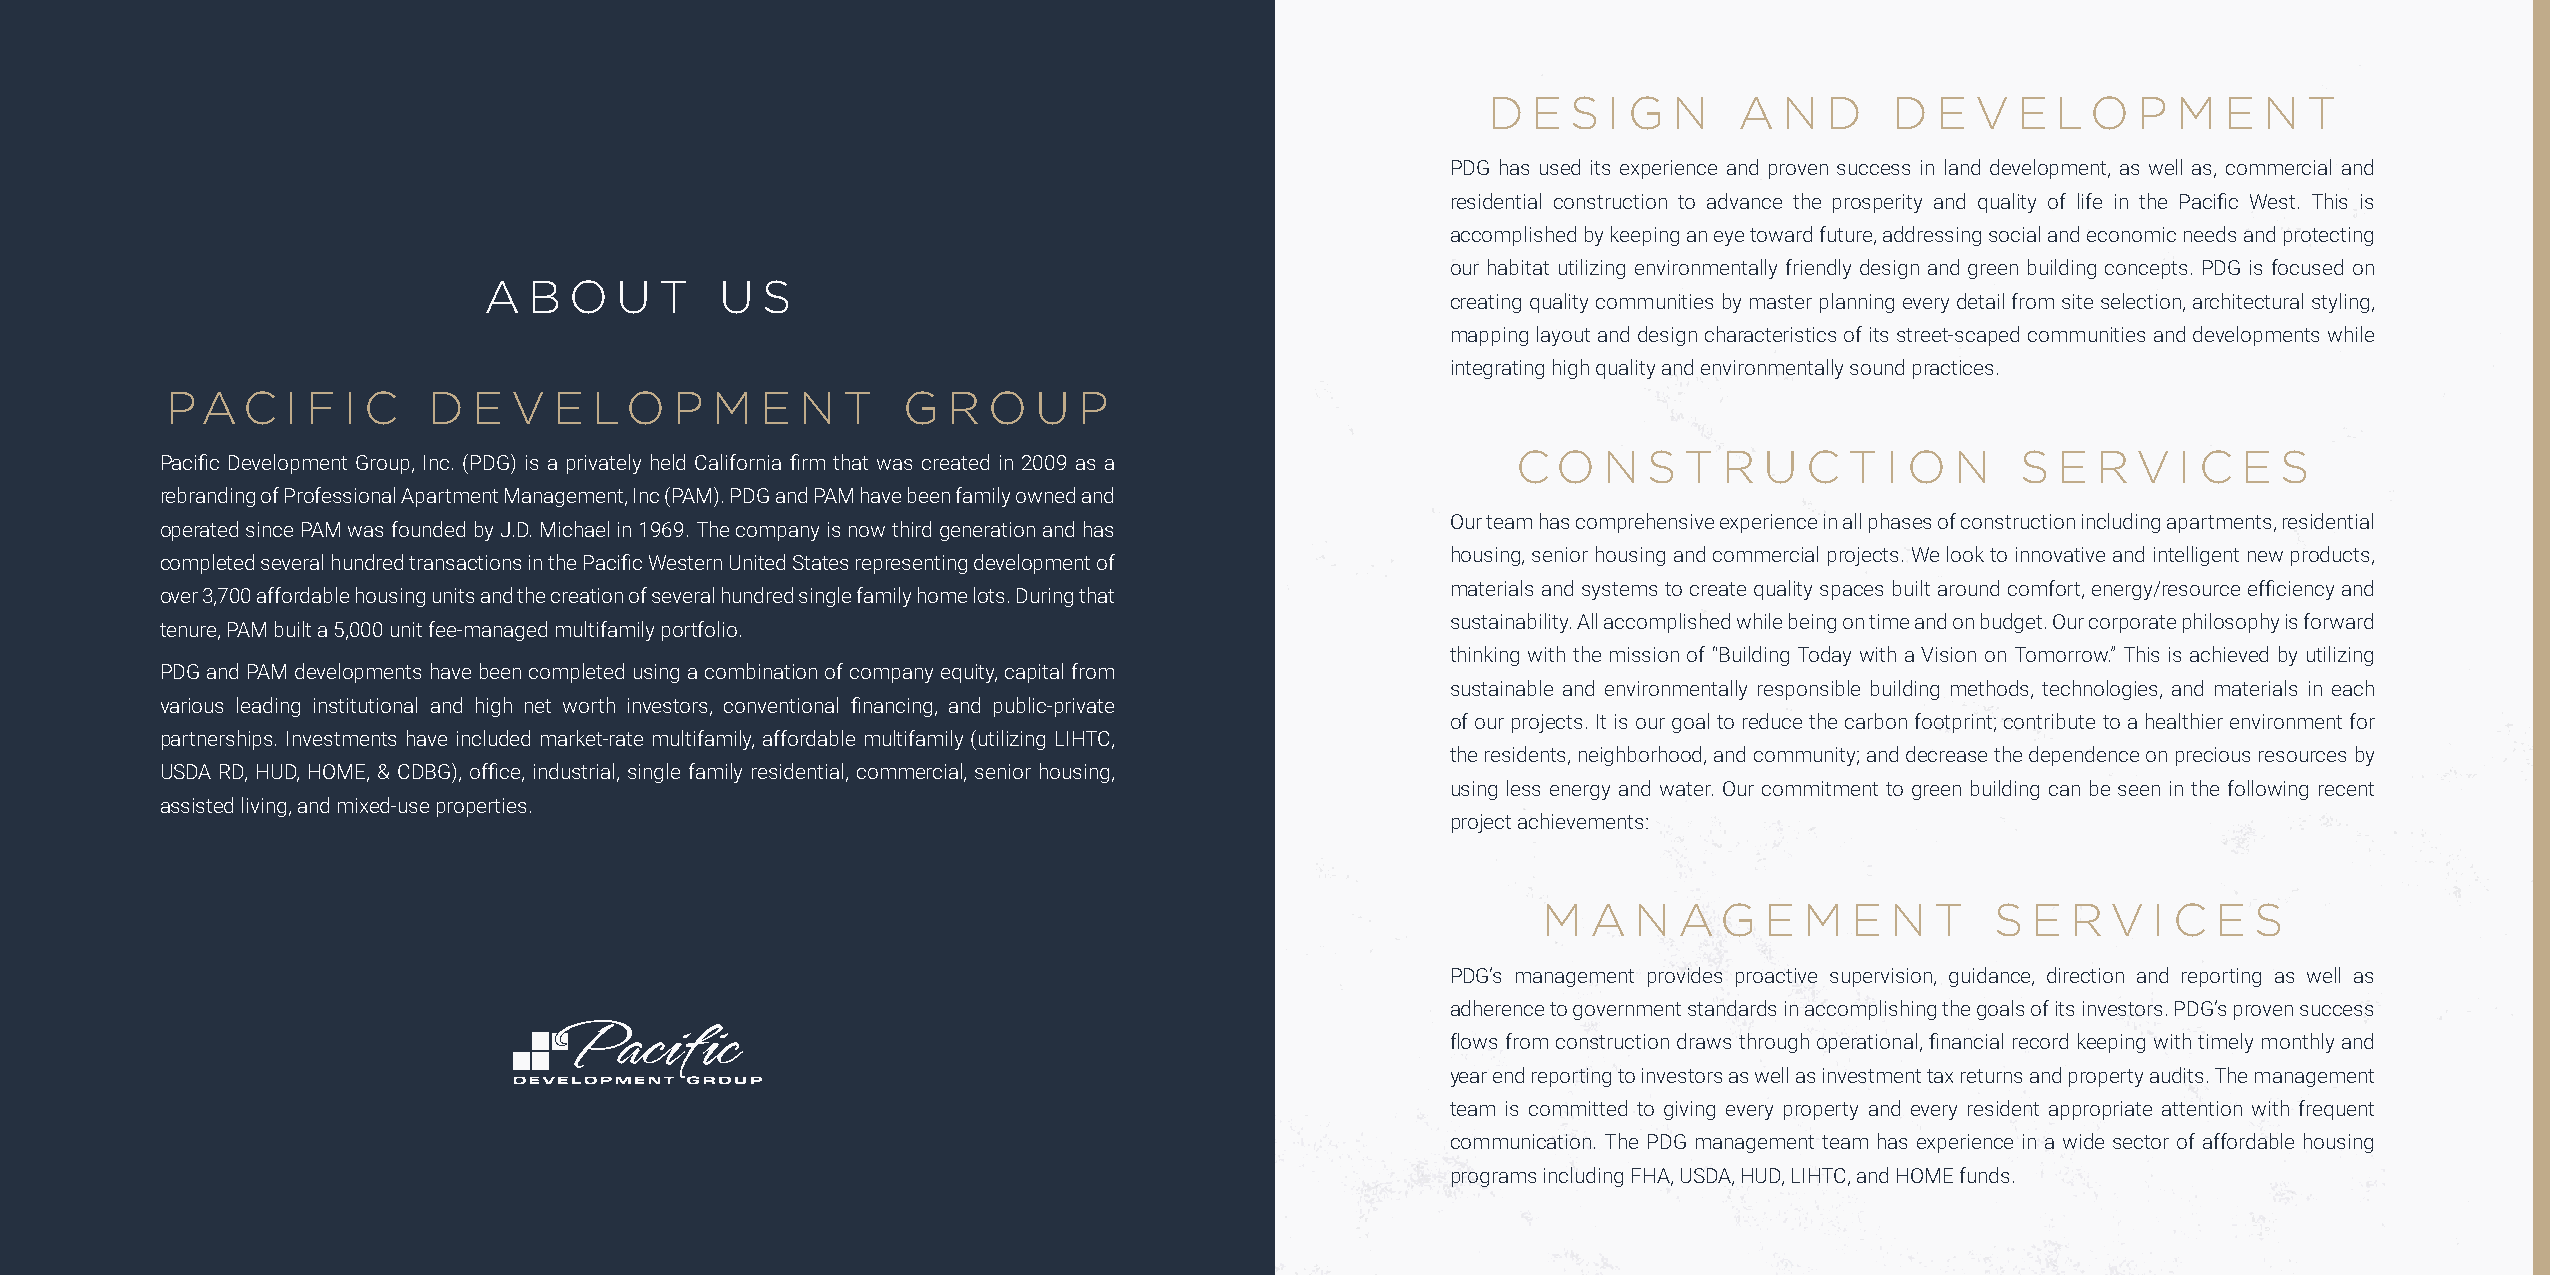
D E  S I G  N   A  N  D   D  E  V  E LO    P M  E  N  T
 PDG has used its experience and proven success in land development, as well as, commercial and
 residential construction to advance the prosperity and quality of life in the Pacific West. This is
 accomplished by keeping an eye toward future, addressing social and economic needs and protecting
 our habitat utilizing environmentally friendly design and green building concepts. PDG is focused on
 A  B  O  U  T   U S
 creating quality communities by master planning every detail from site selection, architectural styling,
 mapping layout and design characteristics of its street-scaped communities and developments while
 integrating high quality and environmentally sound practices.
 PAC     I F I C  D  E  V  E LO    P M  E  N  T   G  R O   U P
 C  O  N  S  T R  U  C T  I O N    S E  R V  I C E  S
 Pacific Development Group, Inc. (PDG) is a privately held California firm that was created in 2009 as a
 rebranding of Professional Apartment Management, Inc (PAM). PDG and PAM have been family owned and
 Our team has comprehensive experience in all phases of construction including apartments, residential
 operated since PAM was founded by J.D. Michael in 1969. The company is now third generation and has
 housing, senior housing and commercial projects. We look to innovative and intelligent new products,
 completed several hundred transactions in the Pacific Western United States representing development of
 materials and systems to create quality spaces built around comfort, energy/resource efficiency and
 over 3,700 affordable housing units and the creation of several hundred single family home lots. During that
 sustainability. All accomplished while being on time and on budget. Our corporate philosophy is forward
 tenure, PAM built a 5,000 unit fee-managed multifamily portfolio.
 thinking with the mission of “Building Today with a Vision on Tomorrow.” This is achieved by utilizing
 PDG and PAM developments have been completed using a combination of company equity, capital from
 sustainable and environmentally responsible building methods, technologies, and materials in each
 various leading institutional and high net worth investors, conventional financing, and public-private
 of our projects. It is our goal to reduce the carbon footprint; contribute to a healthier environment for
 partnerships. Investments have included market-rate multifamily, affordable multifamily (utilizing LIHTC,
 the residents, neighborhood, and community; and decrease the dependence on precious resources by
 USDA RD, HUD, HOME, & CDBG), office, industrial, single family residential, commercial, senior housing,
 using less energy and water. Our commitment to green building can be seen in the following recent
 assisted living, and mixed-use properties.
 project achievements:
 M  A  N  AG    E M   E N  T   S E  R  V  I C E S
 PDG’s management provides proactive supervision, guidance, direction and reporting as well as
 adherence to government standards in accomplishing the goals of its investors. PDG’s proven success
 flows from construction draws through operational, financial record keeping with timely monthly and
 year end reporting to investors as well as investment tax returns and property audits. The management
 team is committed to giving every property and every resident appropriate attention with frequent
 communication. The PDG management team has experience in a wide sector of affordable housing
 programs including FHA, USDA, HUD, LIHTC, and HOME funds.